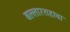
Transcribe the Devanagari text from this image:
बल्लारशहाचा